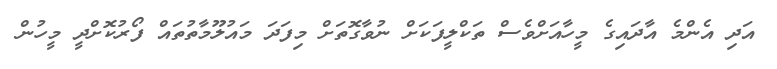
އަދި އެންމެ އާދައިގެ މީހާއަށްވެސް ތަކްލީފަކަށް ނުވާގޮތަށް މިފަދަ މައުލޫމާތުތައް ފޯރުކޮށްދީ މީހުން